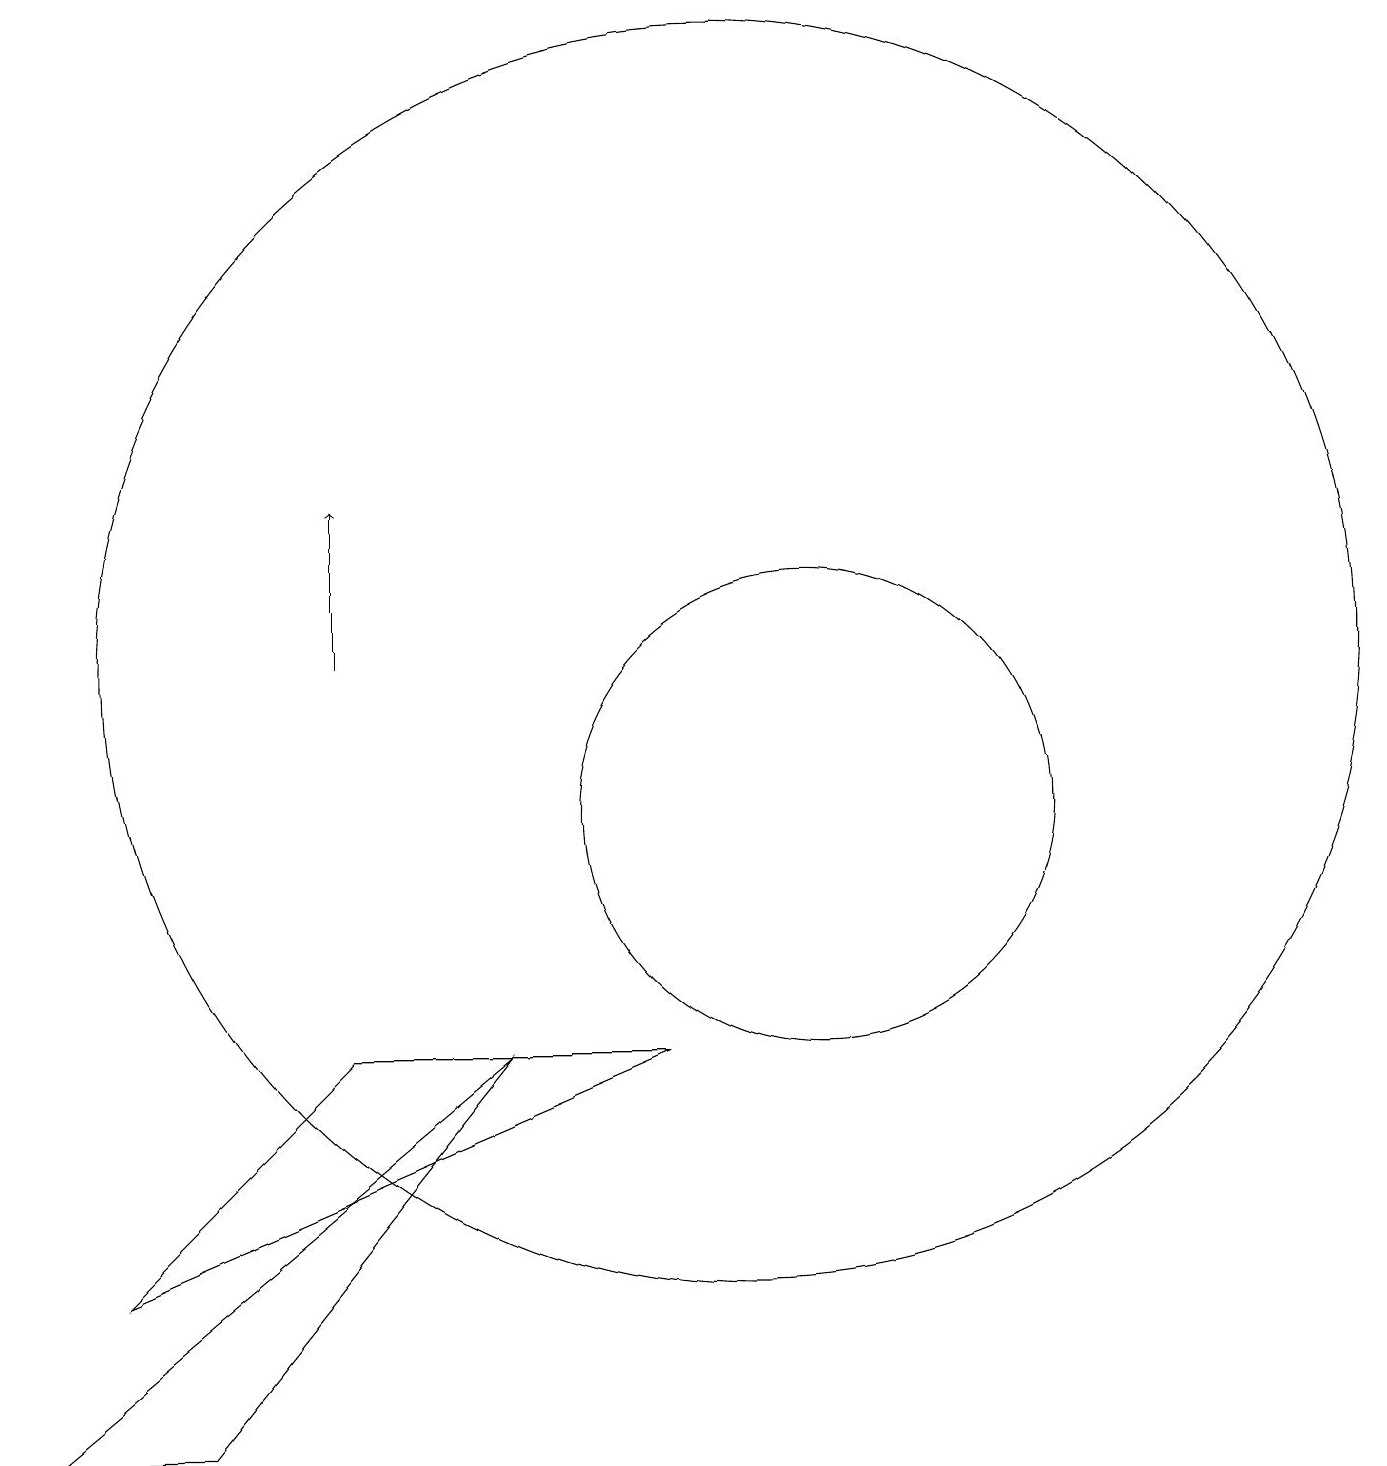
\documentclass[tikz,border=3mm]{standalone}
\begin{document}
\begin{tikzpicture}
\draw (1,2) -- (3,2) -- (7,7) -- cycle;
\draw[->] (5,12) -- (5,14);
\draw (10,12) circle (8);
\draw (11,10) circle (3);
\draw (9,7) -- (2,4) -- (5,7) -- cycle;
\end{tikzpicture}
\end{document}